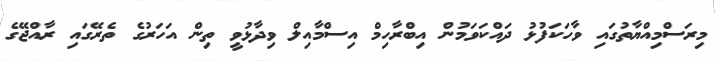
މިރަސްމިއްޔާތުގައި ވާހަކަފުޅު ދައްކަވަމުން އިބްރާހިމް އިސްމާއިލް ވިދާޅުވީ ތިން އަހަރުގެ ތެރޭގައި ރާއްޖޭގެ